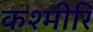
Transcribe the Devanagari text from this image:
कश्मीरि